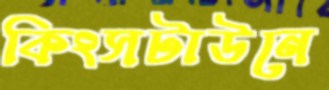
কিংসটাউনে